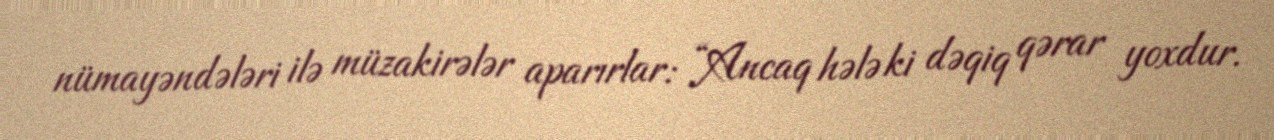
nümayəndələri ilə müzakirələr aparırlar: “Ancaq hələ ki dəqiq qərar yoxdur.